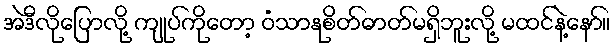
အဲဒီလိုပြောလို့ ကျုပ်ကိုတော့ ဝံသာနုစိတ်ဓာတ်မရှိဘူးလို့ မထင်နဲ့နော်။